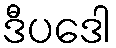
ဒီပဒေါ